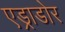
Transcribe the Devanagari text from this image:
एड्राडोर